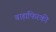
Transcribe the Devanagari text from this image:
बाह्यफिरकी